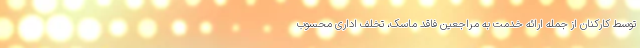
توسط کارکنان از جمله ارائه خدمت به مراجعین فاقد ماسک، تخلف اداری محسوب